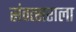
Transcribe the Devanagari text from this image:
संवत्सराला